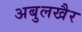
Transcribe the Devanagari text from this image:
अबुलखैर